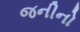
જનીનો